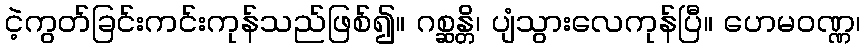
ငဲ့ကွတ်ခြင်းကင်းကုန်သည်ဖြစ်၍။ ဂစ္ဆန္တိ၊ ပျံသွားလေကုန်ပြီ။ ဟေမဝဏ္ဏ၊